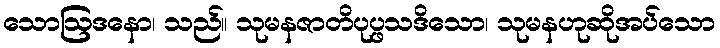
သောဩဒနော၊ သည်။ သုမနဇာတိပုပ္ဖသဒိသော၊ သုမနဟုဆိုအပ်သော